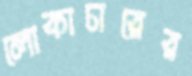
লোকাচারের